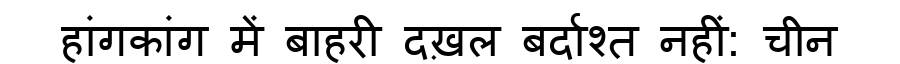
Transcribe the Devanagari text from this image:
हांगकांग में बाहरी दख़ल बर्दाश्त नहीं: चीन